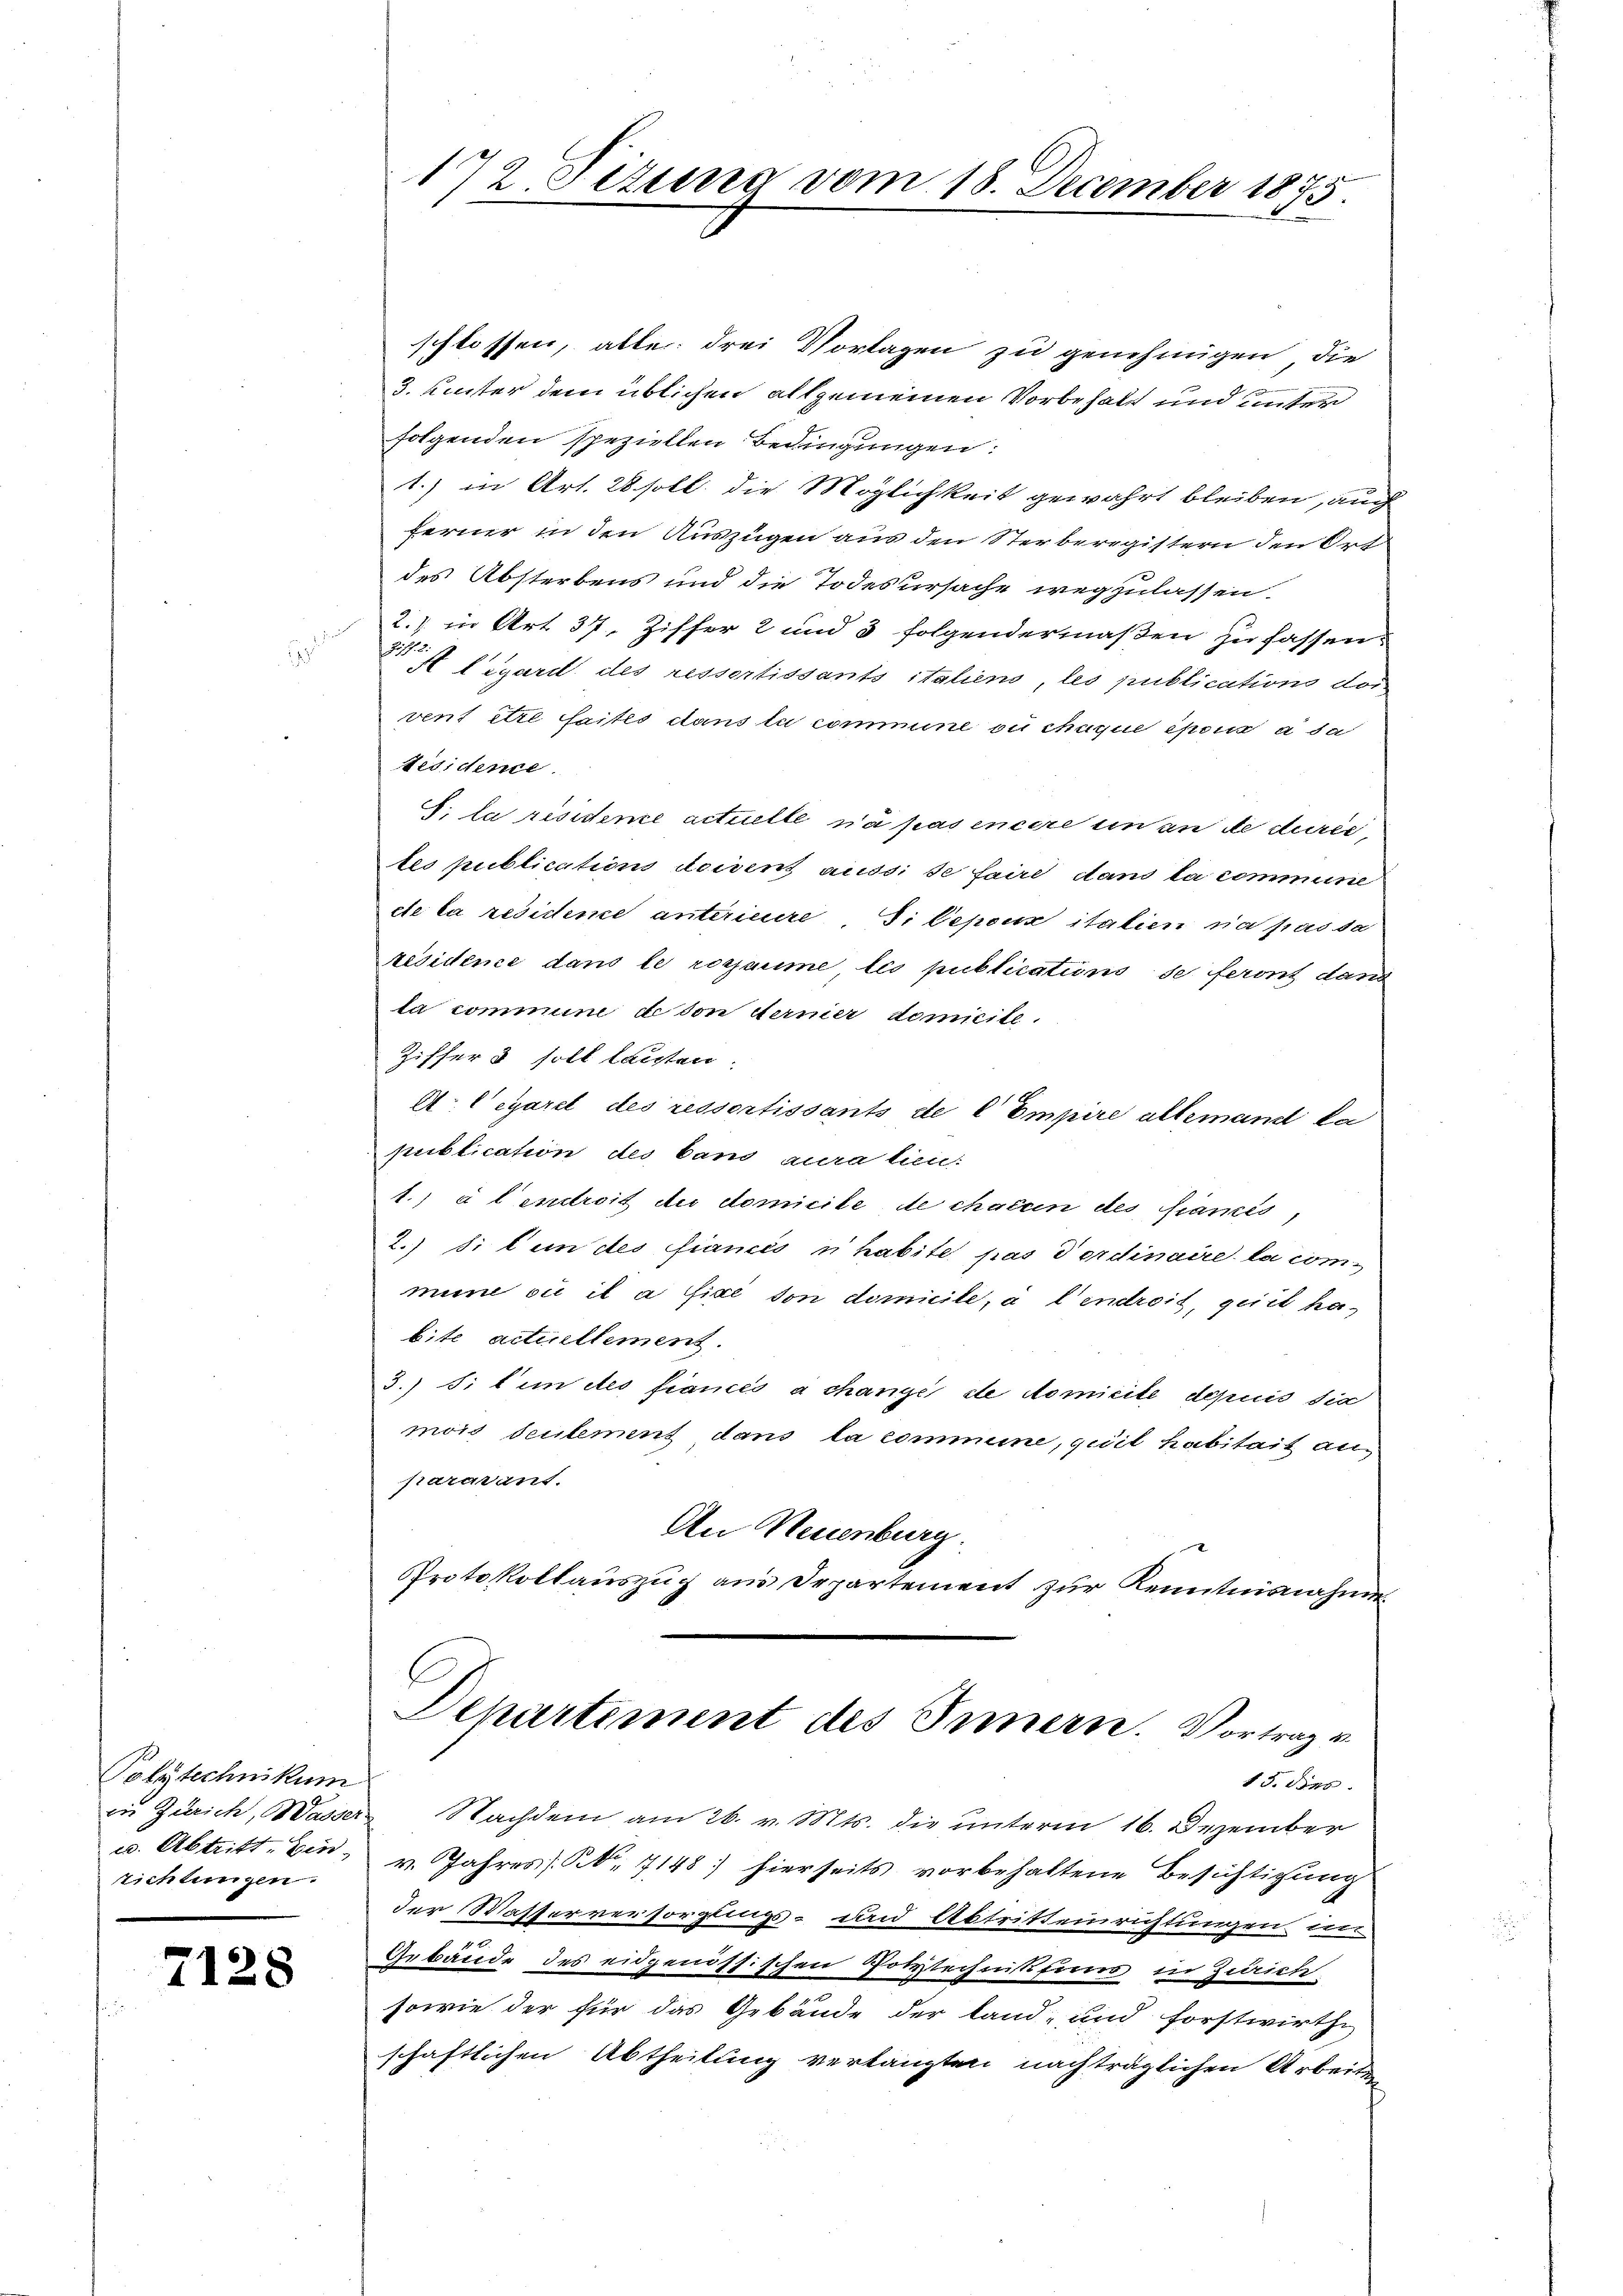
Polytechnikum
zichtungen.

7128

g

schlossen, alle drei Vortagen zu genehmigen, die
3. unter dem üblichen allgemeinen Vorbehalt und unter
folgenden speziellen Bedingungen:
1.) in Art. 28 soll die Möglichkeit gewahrt bleiben, auch
ferner in den Auszügen aus den Sterberegistern den Ort
des Absterbens und die Todesursache wegzulassen.
2. in Art. 37, Ziffer 2 und 3 folgendermaßen zufassens
 Cigard des ressertissants italiens, les publications dor
vent être faites dans la commine ou chaque époux à sa
Residente
S. la résidence actuelle n’a pas encore un an de durc
tes publications deisens aussi se faire dans la commune
cle la resideme anteriere Tilepoux italien na pas sa
résidence dans le rogaume, les publicatum de feront dans
la commune de von Ferner domicile.
Ziffer & soll laisten.
A. legarel des ressertissants de l'Empire allemand ka
publication des band aura lien:
1.) à l’endroit du domicile de chacun des Ganzes,
2.) Si len des fiancés uhabite pas dordinaire la commine sie il a fixe von domicile, à l’endreit, geist habite actuellement.
3.) S. 1 in des fiancés à change de Nomicite depuis die
mois seulement dans la commine, quil habitait anpararant.
An Neuenburg
Protokollauszug aus Departement zur Kenntnisnahme
Departement des Innern. Vortrag v.
15. Bes
zu Zürich, Wasser Nachdem am 26. v. Mts. die unterm 16. Dezember
u. Abtritt. Ein v. Jahres K. 7148) hierseits vorbehaltene Besichtigung
der Wasserversorglings- und Abtritteinrichtungen an
Gebäude des eidgenössischen Polytechnissens in Zürich
sowie der für das Gebäude der Land- und forstwirthe
schaftlichen Abtheilung verlangten nachträglichen Arbeiten

172 Sizung vom 18. December 1875.